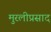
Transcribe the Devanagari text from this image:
मुरलीप्रसाद